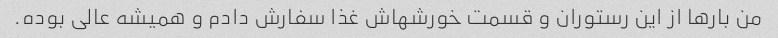
من بارها از این رستوران و قسمت خورشهاش غذا سفارش دادم و همیشه عالی بوده.